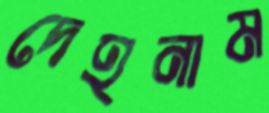
দেহনাম